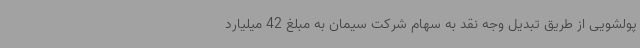
پولشویی از طریق تبدیل وجه نقد به سهام شرکت سیمان به مبلغ 42 میلیارد